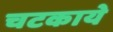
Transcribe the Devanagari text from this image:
चटकाये